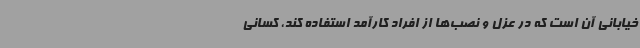
خیابانی آن است که در عزل و نصب‌ها از افراد کارآمد استفاده کند، کسانی